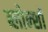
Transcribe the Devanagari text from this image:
ब्लोन्शॉ